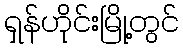
ရှန်ဟိုင်းမြို့တွင်